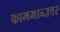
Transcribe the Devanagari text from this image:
काममानावर